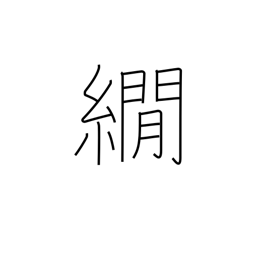
Meaning: a method of dyeing